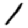
Digit: 1